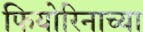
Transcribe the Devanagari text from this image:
फियोरिनाच्या